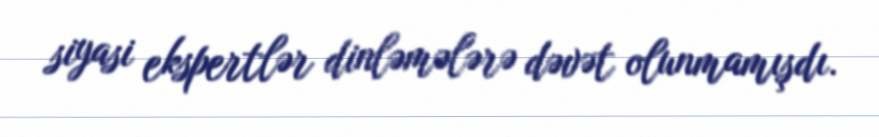
siyasi ekspertlər dinləmələrə dəvət olunmamışdı.